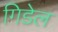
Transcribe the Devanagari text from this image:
गिडेल